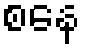
စနေ